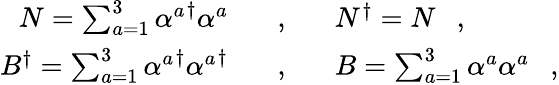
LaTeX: \begin{array}{rcl}{{N=\sum_{a=1}^{3}{\alpha^{a}}^{\dagger}\alpha^{a}\ \ \ }}&{{,}}&{{\ \ \ N^{\dagger}=N\ \ \ ,}}\\ {{B^{\dagger}=\sum_{a=1}^{3}{\alpha^{a}}^{\dagger}{\alpha^{a}}^{\dagger}\ \ \ }}&{{,}}&{{\ \ \ B=\sum_{a=1}^{3}\alpha^{a}\alpha^{a}\ \ \ ,}}\end{array}